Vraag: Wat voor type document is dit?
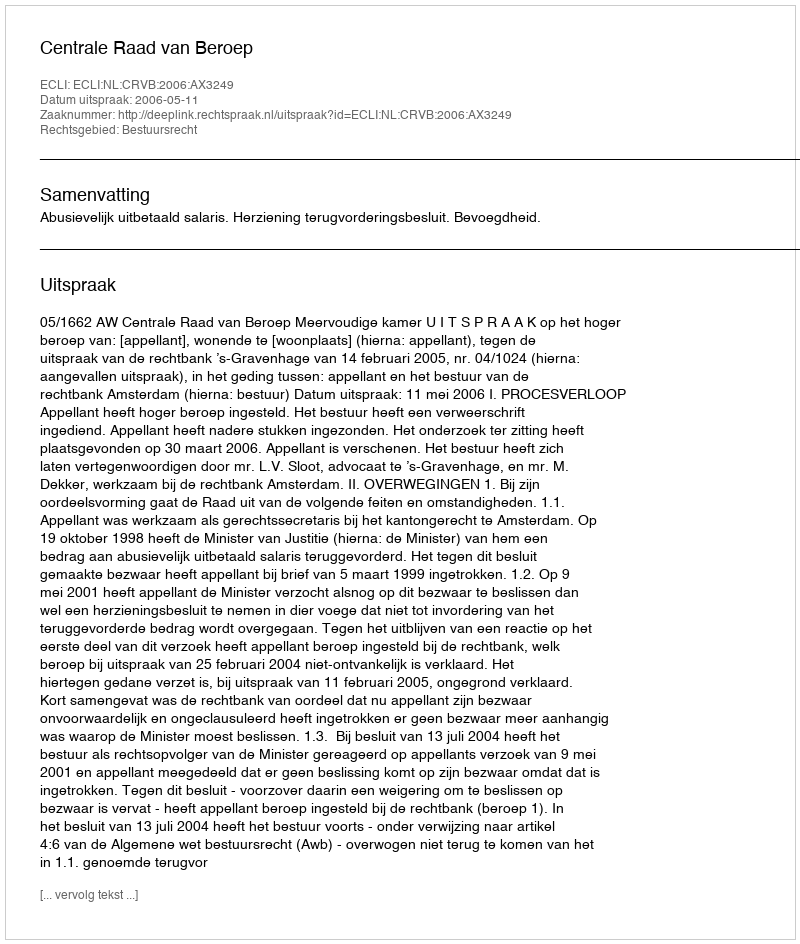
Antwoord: Uitspraak